Vaccine operations Central Provinces 1900-1911 - 1900-1911
Year: 1900
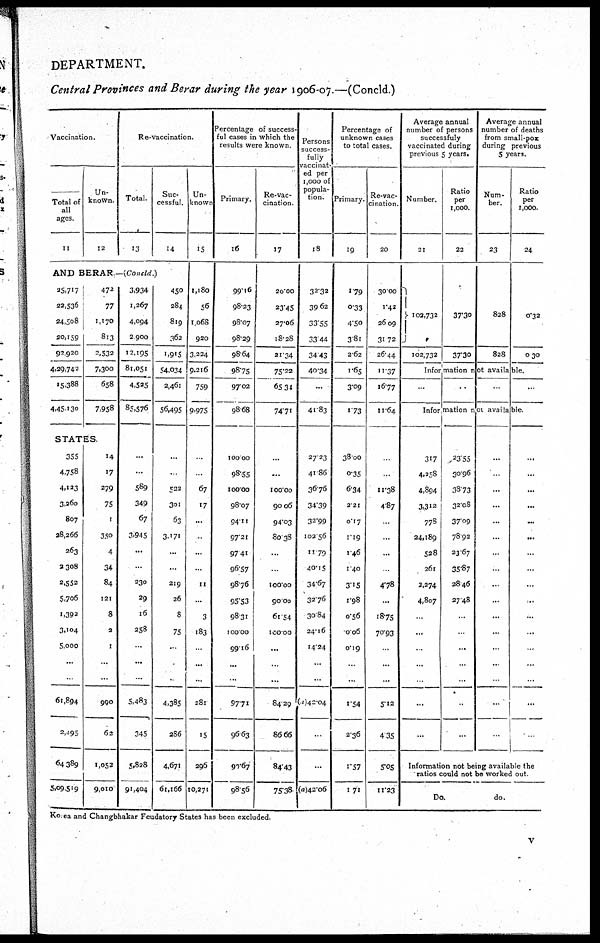
DEPARTMENT.
Central Provinces and Berar during the year 1906-07.—(Concld.)
Vaccination.
Total of
all
ages.
11
Un-
known.
12
Re-vaccination.
Total.
13
Suc-
cessful.
14
AND BERAR —(Concld.)
35,717
22,536
24,508
20,159
92,920
4,29,742
15,388
4,45,130
472
77
1,170
813
2,532
7,300
658
7,958
STATES
355
4,758
4,123
3,260
807
28,266
263
2,308
2,552
5,706
1,393
3,104
5,000
...
..
61,894
2,095
64,389
5,09,519
14
17
279
75
1
350
4
34
84
121
8
2
1
...
...
990
62
1,052
9,010
3,934
1,267
4,094
2,900
12,195
81,051
4,525
85,576
...
...
589
349
67
3,945
...
...
230
29
16
258
...
...
...
5,483
345
5,828
91,404
450
284
819
362
1,915
54,034
2,461
56,495
...
...
522
301
63
3,171
...
..
219
26
8
75
..
.
.
4,385
286
4,671
61,166
Un-
known
15
1,180
56
1,068
920
3,224
9,216
759
9,975
.
...
67
17
...
..
...
..
11
...
3
183
...
...
...
281
15
296
10,271
Percentage of success-
ful cases in which the
results were known
Primary.
16
99.16
98.23
98.07
98.29
98.64
98.75
97.02
98.68
100.00
98.55
100.00
98.07
94.11
97.21
97.41
96.57
98.76
95.53
98.31
100.00
99.16
...
..
97.71
96.63
97.67
98.56
Re-vac-
cination
17
20.00
23.45
27.06
18.28
21.34
75.22
65.34
74.71
...
...
100.00
90.06
94.03
80.38
...
...
100.00
90.00
61.54
100.00
...
..
...
84.29
86.66
84.43
75.38
Persons
success-
fully
vaccinat-
ed per
1,000 of
popula-
tion.
18
32.32
39.62
33.55
33.44
34.43
40.34
...
41.83
27.23
41.86
36.76
34.39
32.99
102.56
11.79
40.15
34.67
32.76
30.84
24.16
14.24
...
...
(i)42.04
...
...
(a)42.06
Percentage of
unknown cases
to total cases.
Primary.
19
1.79
0.33
4.50
381
2.62
1.65
3.09
1.73
38.00
0.35
6.34
2.21
0.17
1.19
1.46
1.40
3.15
1.98
0.56
0.06
0.19
...
...
1.54
2.36
1.57
1.71
Re-vac-
cination
20
30.00
1.42
26.09
31.72
26.44
11.37
16.77
11.64
.
..
11.38
4.87
...
...
...
.
4.78
...
18.75
70.93
.
...
...
5.12
4.35
5.05
11.23
Average annual
number of persons
successfuly
vaccinated during
previous 5 years.
Number.
21
102,732
102,732
Ratio
per
1,000.
22
37.30
37.30
Average annual
number of deaths
from small-pox
during previous
5 years.
Num-
ber.
23
828
828
Ratio
per
1,000.
24
0.32
0.30
Information not available.
..
..
.
..
Information not available
317
4,258
4,894
3,312
778
24,189
528
261
2,274
4,807
...
...
.
...
...
...
23.55
30.96
38.73
32.08
37.09
78.92
23.67
35.87
28.46
27.48
...
...
...
..
...
4
...
...
...
...
...
...
...
...
.
...
...
...
...
...
..
...
...
...
...
...
...
...
...
...
...
...
...
...
...
...
...
..
...
Information not being available the
ratios could not be worked out.
Do.
do.
Ko ea and Changbhakar Feudatory States has been excluded.
v